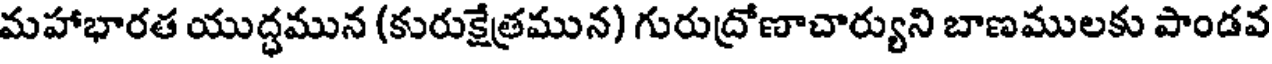
మహాభారత యుద్ధమున (కురుక్షేత్రమున) గురుద్రోణాచార్యుని బాణములకు పాండవ